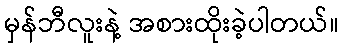
မှန်ဘီလူးနဲ့ အစားထိုးခဲ့ပါတယ်။